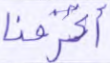
أغرقنا